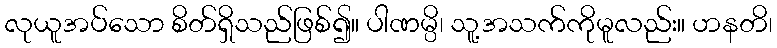
လုယူအပ်သော စိတ်ရှိသည်ဖြစ်၍။ ပါဏမ္ပိ၊ သူ့အသက်ကိုမူလည်း။ ဟနတိ၊